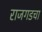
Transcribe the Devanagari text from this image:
राजगडचा